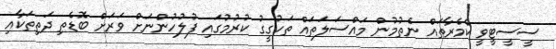
ސީސީޓީވީ ކެމެރާތައް ނެތުމުން މައްސަލަތައް ތަހުގީގު ކުރުމުގައި ފުލުހުންނަށް ވަރަށް ބޮޑެތި ދަތިތަކާއި